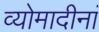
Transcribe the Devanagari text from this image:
व्योमादीनां